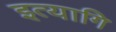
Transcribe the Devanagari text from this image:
इत्यागि